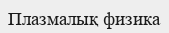
Плазмалық физика